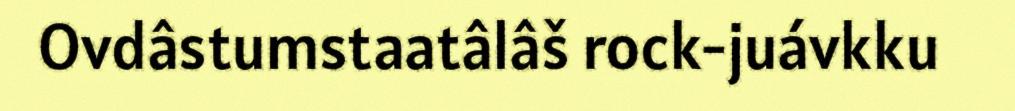
Ovdâstumstaatâlâš rock-juávkku